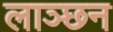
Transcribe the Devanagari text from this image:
लाञ्छन